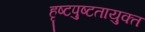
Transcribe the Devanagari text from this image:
हृष्टपुष्टतायुक्त